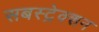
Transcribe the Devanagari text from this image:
सबस्ट्रेक्शन